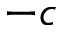
- c